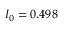
I _ { 0 } = 0 . 4 9 8